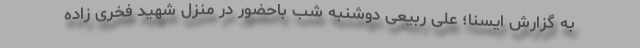
به گزارش ایسنا؛ علی ربیعی دوشنبه شب باحضور در منزل شهید فخری زاده